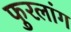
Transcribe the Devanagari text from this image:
फुरलांग